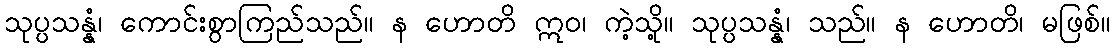
သုပ္ပသန္နံ၊ ကောင်းစွာကြည်သည်။ န ဟောတိ ဣဝ၊ ကဲ့သို့။ သုပ္ပသန္နံ၊ သည်။ န ဟောတိ၊ မဖြစ်။